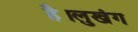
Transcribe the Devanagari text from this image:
है।लुखंग